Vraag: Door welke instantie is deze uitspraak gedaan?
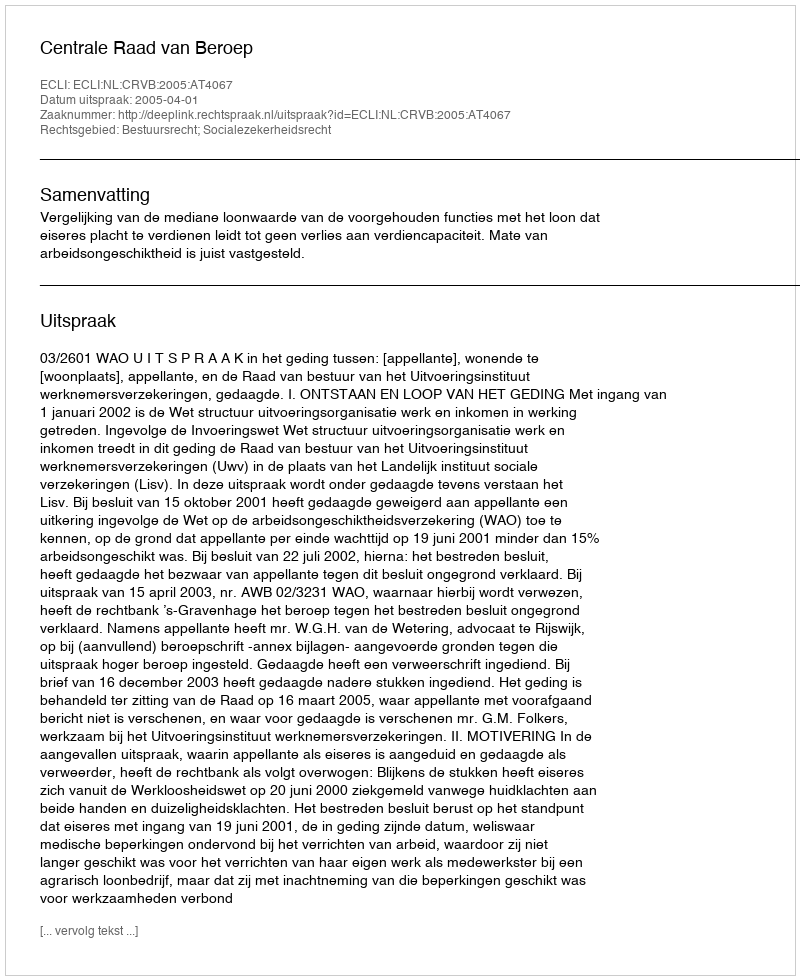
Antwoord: Centrale Raad van Beroep